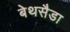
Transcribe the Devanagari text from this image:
बेथसैडा